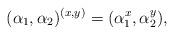
LaTeX: \begin{align*}(\alpha_1,\alpha_2)^{(x,y)}=(\alpha^x_1,\alpha^y_2),\end{align*}